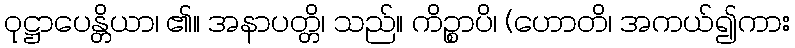
ဝုဋ္ဌာပေန္တိယာ၊ ၏။ အနာပတ္တိ၊ သည်။ ကိဉ္စာပိ၊ (ဟောတိ၊ အကယ်၍ကား